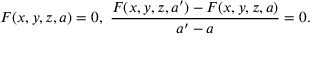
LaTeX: F ( x , y , z , a ) = 0 , \, \, { \frac { F ( x , y , z , a ^ { \prime } ) - F ( x , y , z , a ) } { a ^ { \prime } - a } } = 0 .